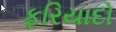
ફરિયાદો